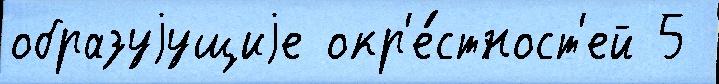
образуjущиjе окр'е́стност'ей 5